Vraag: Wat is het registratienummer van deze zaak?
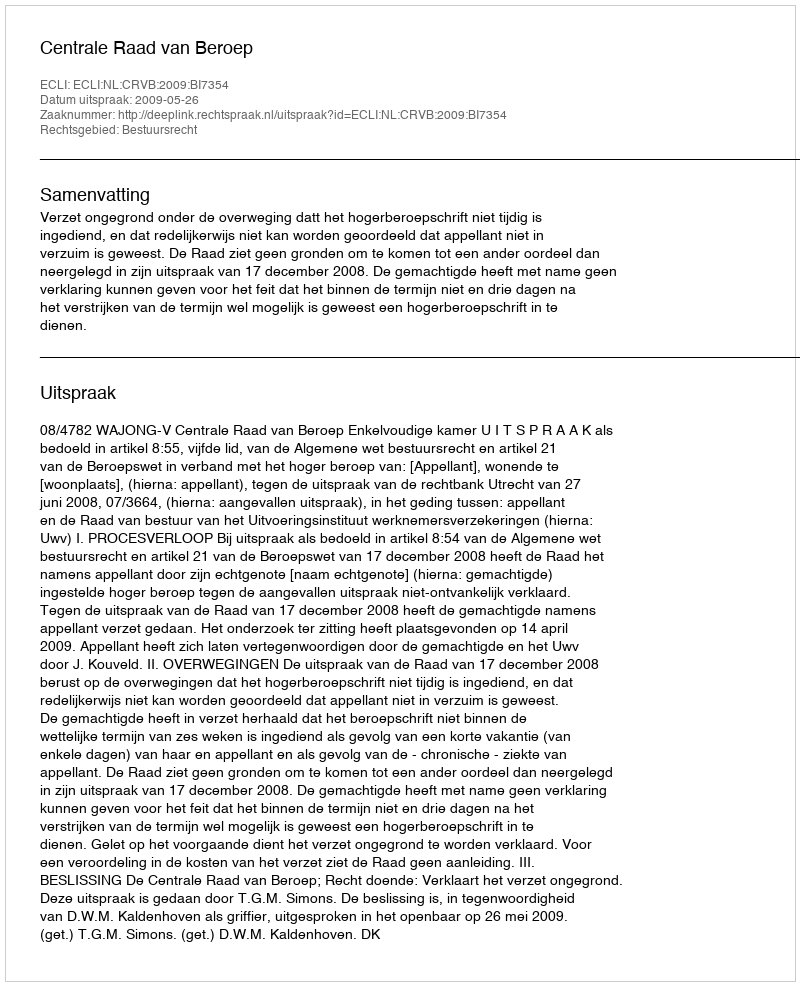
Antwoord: http://deeplink.rechtspraak.nl/uitspraak?id=ECLI:NL:CRVB:2009:BI7354